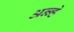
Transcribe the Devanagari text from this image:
अन्न्हे